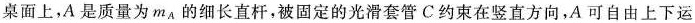
桌面上，A是质量为m_{A}的细长直杆，被固定的光滑套管C约束在竖直方向，A可自由上下运